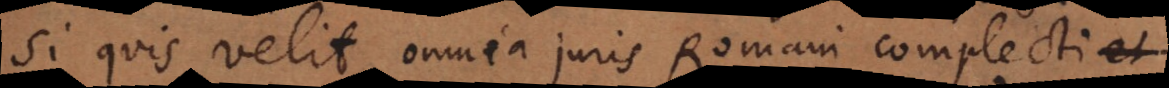
si quis velit omnia juris Romani complecti et